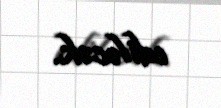
ediləcək.